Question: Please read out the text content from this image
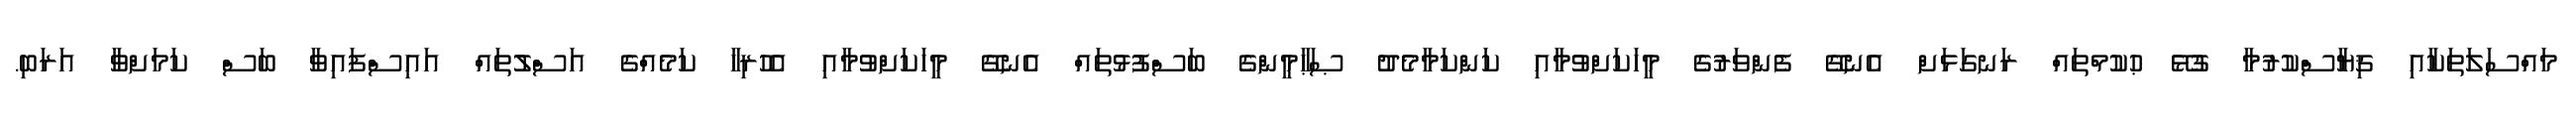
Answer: މައްސަލަތަކާއި ޤިޔާސްކުރުމާ ގުޅޭ ޙުކުމްތައް ރަނގަޅަށް އެނގޭ ފެންވަރުގެ މީހަކަށްވުމާއި ކަންކަމާމެދު ޞަޙާމީންގެ ބަސްފުޅުތައް އެނގޭ މީހަކަށްވުމާއި އެހުރިހާ ކަމެއްގެ އަސްލުތައް އައިސްފައިވާ ބަސް ކަމަށްވާ އަރަބި.